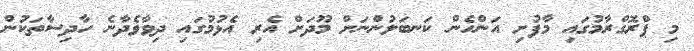
މި ޕްރޮގްރާމުގައި މާފުށި އަންހެން ކަނބަލުންނަށް މޫދަށް އެރި އެޅުމުގައި ދިވާވެދާނެ ހާދިސާތަކުން